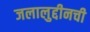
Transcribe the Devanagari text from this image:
जलालुद्दीनची